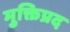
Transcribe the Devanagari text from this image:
मुक्तिप्रद